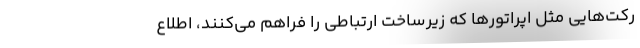
رکت‌هایی مثل اپراتورها که زیرساخت ارتباطی را فراهم می‌کنند، اطلاع